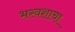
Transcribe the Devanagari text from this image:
भरवशाचा